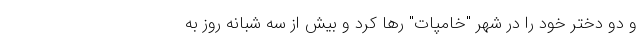
و دو دختر خود را در شهر "خامپات" رها کرد و بیش از سه شبانه روز به